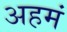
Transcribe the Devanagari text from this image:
अहमं